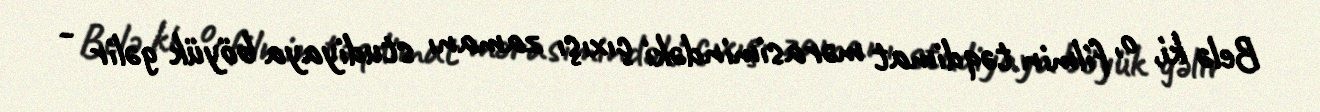
Belə ki, o, filmin təqdimat mərasimindəki çıxışı zamanı studiyaya böyük gəlir -